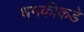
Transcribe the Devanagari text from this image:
धमकीकडे